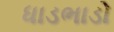
ધાડભાડો